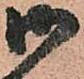
御